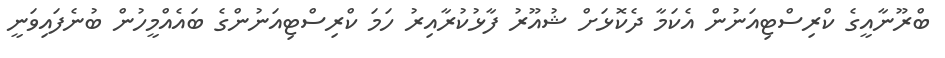
ބްރޫނާއީގެ ކްރިސްޓިއަނުން އެކަމާ ދެކޮޅަށް ޝުއޫރު ފާޅުކުރާއިރު ހަމަ ކްރިސްޓިއަނުންގެ ބައެއްމީހުން ބުނެފައިވަނީ